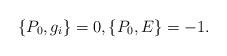
LaTeX: \begin{align*}\{ P_0, g_i\} &= 0, \{ P_0, E\} = -1.\end{align*}